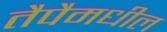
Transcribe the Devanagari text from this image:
तैपैमधील